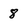
Character: 8